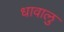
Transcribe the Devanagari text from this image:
धावालु